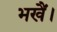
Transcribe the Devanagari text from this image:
भखैं।